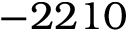
- 2 2 1 0